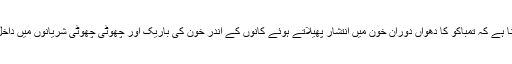
ماہرین کا کہنا ہے کہ تمباکو کا دھواں دوران خون میں انتشار پھیلاتے ہوئے کانوں کے اندر خون کی باریک اور چھوٹی چھوٹی شریانوں میں داخل ہو جاتا ہے۔